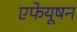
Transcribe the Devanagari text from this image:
एफेयूषन